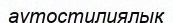
аутостилиялық